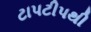
ટાપટીપથી